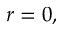
r = 0 ,